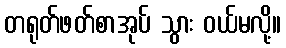
တရုတ်ဖတ်စာအုပ် သွား ဝယ်မလို့။